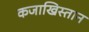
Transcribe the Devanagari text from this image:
कजाखिस्तान